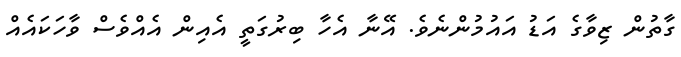
ގާތުން ޒިވާގެ އަޑު އައުމުންނެވެ. އޭނާ އެހާ ބިރުގަތީ އެއިން އެއްވެސް ވާހަކައެއް